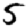
Digit: 5